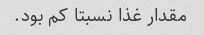
مقدار غذا نسبتا کم بود.